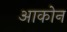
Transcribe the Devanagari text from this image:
आकोन